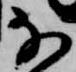
な